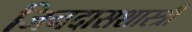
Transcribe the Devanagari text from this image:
जिनदासशास्त्री